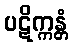
ပဋိက္ကန္တံ